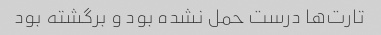
تارت‌ها درست حمل نشده بود و برگشته بود